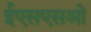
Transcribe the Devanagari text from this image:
ईएसएसओ